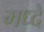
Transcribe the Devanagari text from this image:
मध्दे